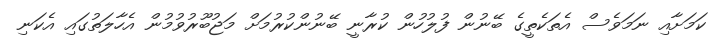
ކަމަށާއި ނަމަވެސް އެތަކެތީގެ ބޭނުން ފުލުހުން ކުރާނީ ބޭނުންކުރުމަށް މަޖުބޫރުވުމުން އެހާލަތުގައި އެކަނި